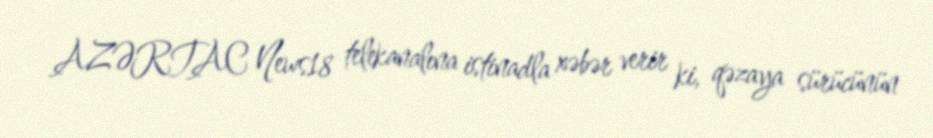
AZƏRTAC News18 telekanalına istinadla xəbər verir ki, qəzaya sürücünün